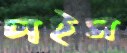
চাইস